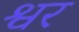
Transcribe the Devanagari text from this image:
श्वर